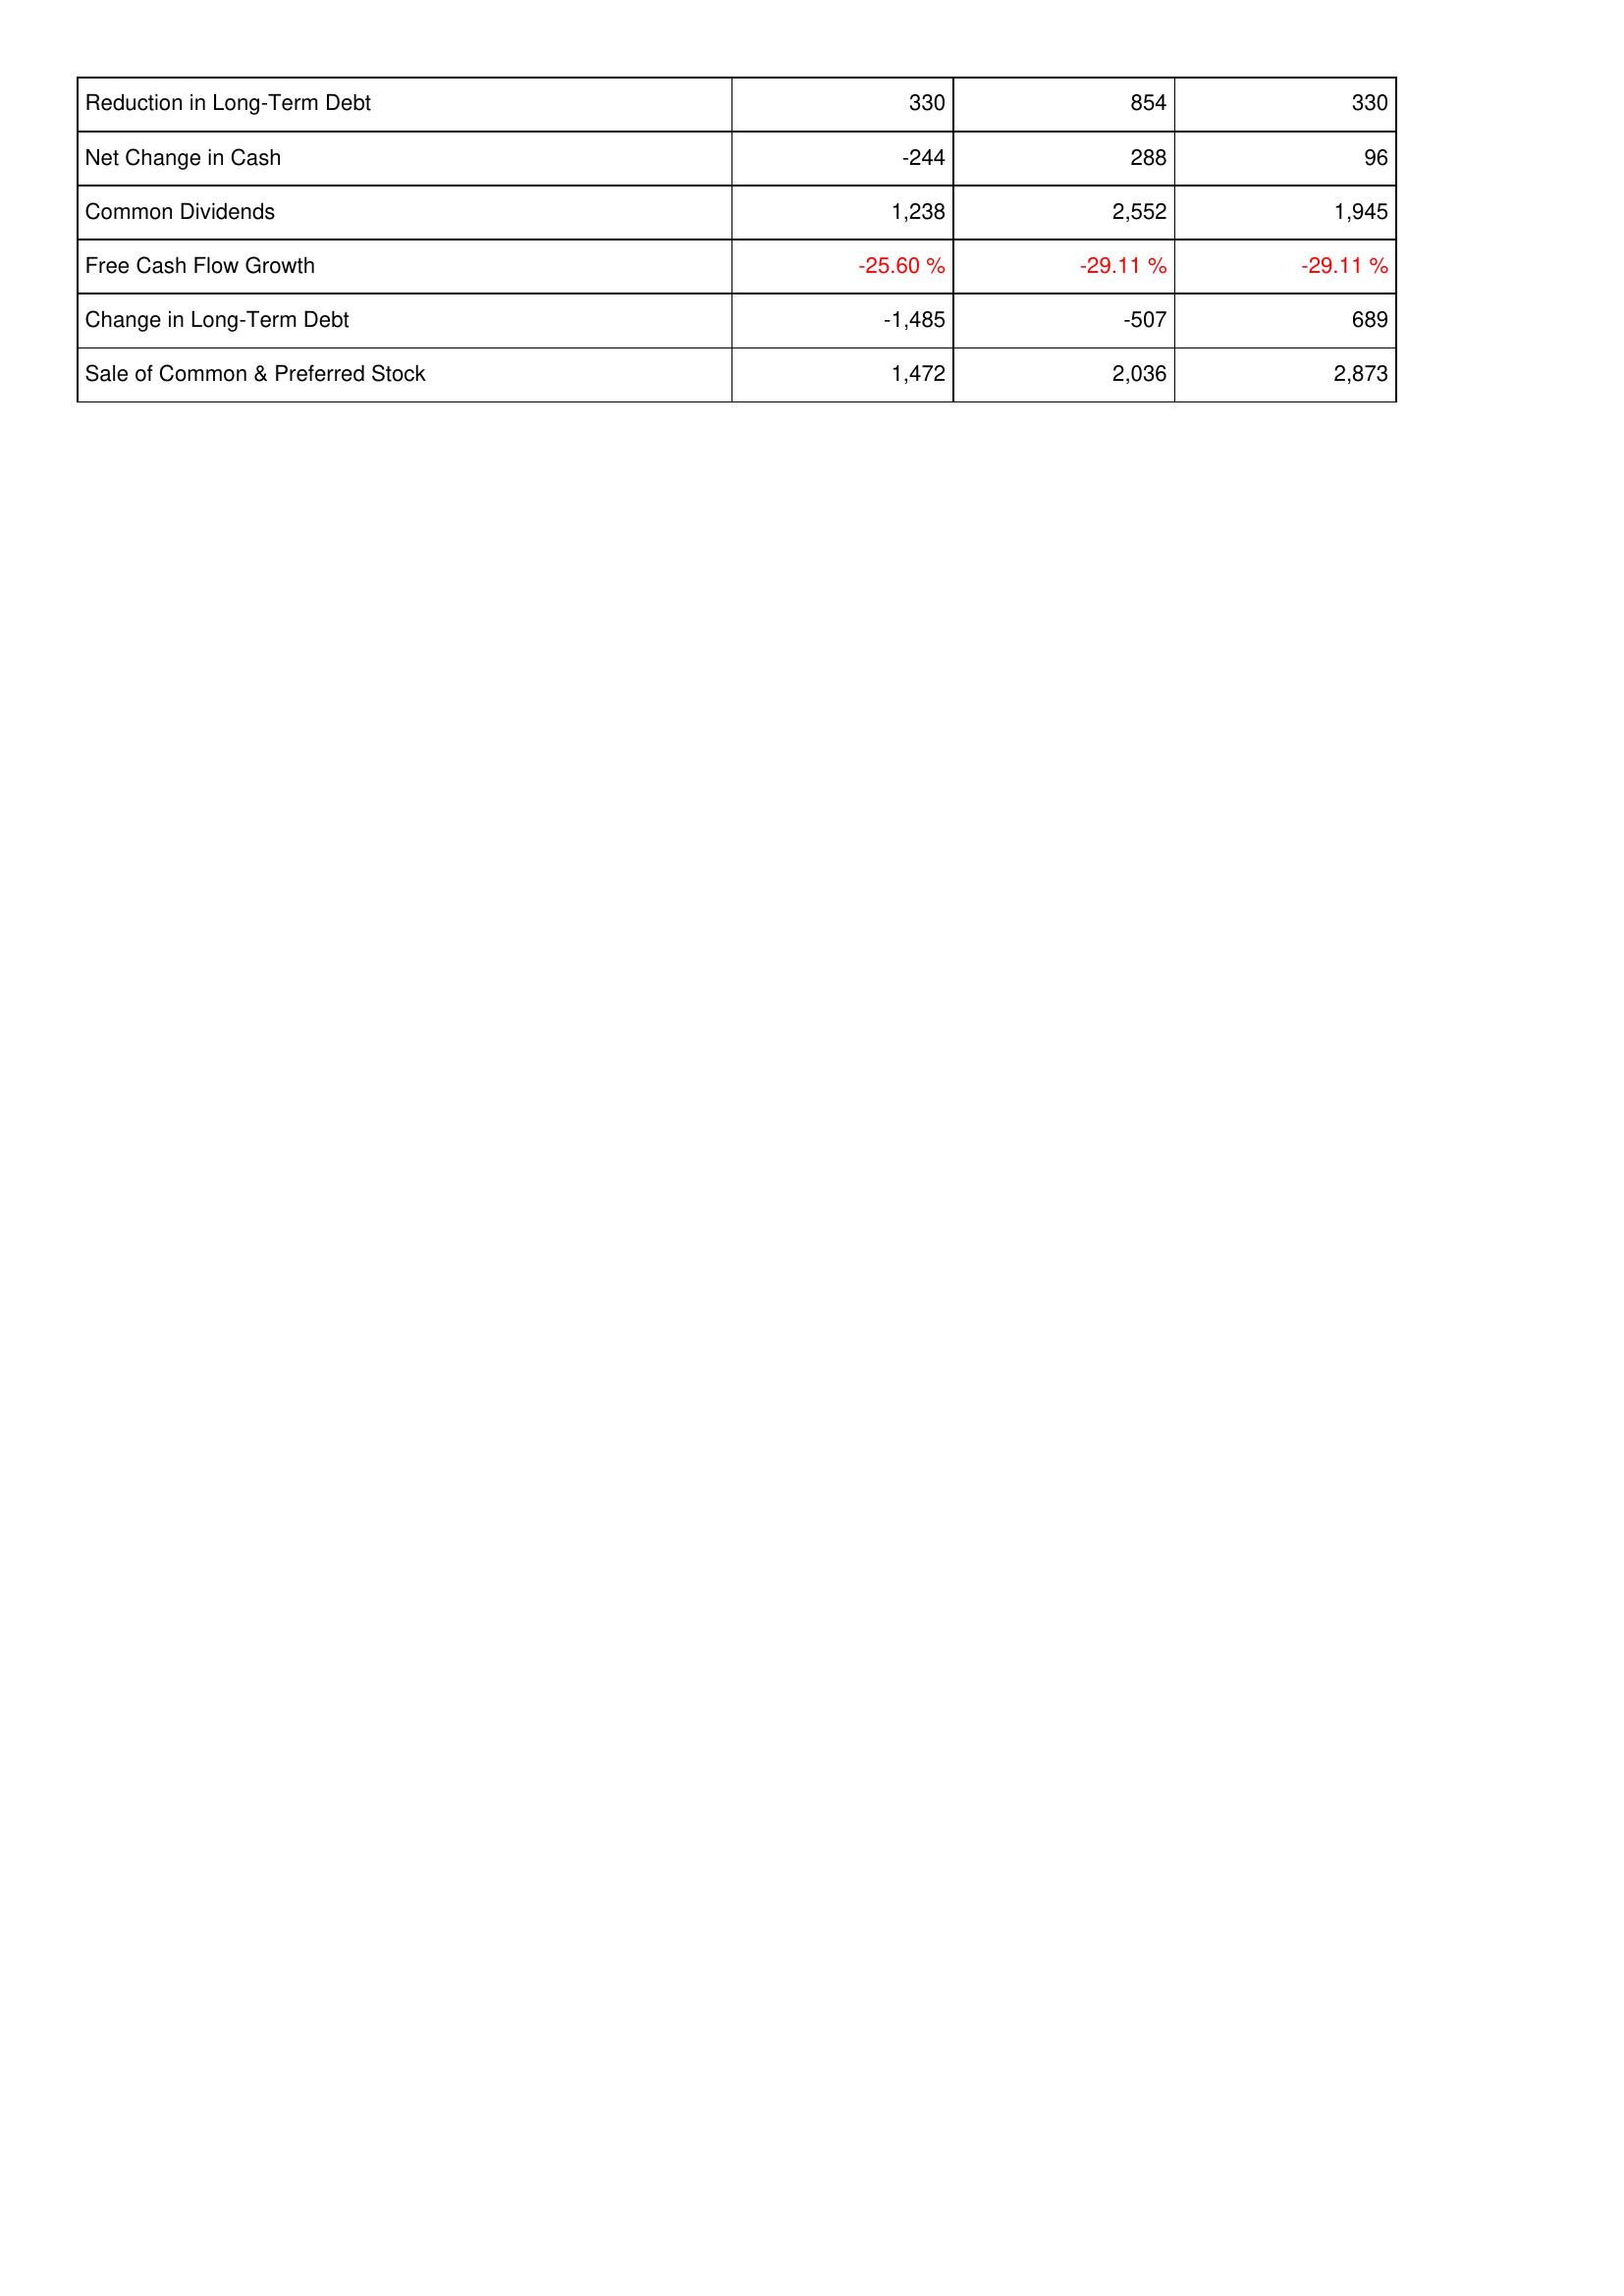
2008: Financing Activities: Reduction in Long-Term Debt: 330
Net Change in Cash: -244
Common Dividends: 1,238
Free Cash Flow Growth: -25.60 %
Change in Long-Term Debt: -1,485
Sale of Common & Preferred Stock: 1,472
2009: Financing Activities: Reduction in Long-Term Debt: 854
Net Change in Cash: 288
Common Dividends: 2,552
Free Cash Flow Growth: -29.11 %
Change in Long-Term Debt: -507
Sale of Common & Preferred Stock: 2,036
2010: Financing Activities: Reduction in Long-Term Debt: 330
Net Change in Cash: 96
Common Dividends: 1,945
Free Cash Flow Growth: -29.11 %
Change in Long-Term Debt: 689
Sale of Common & Preferred Stock: 2,873